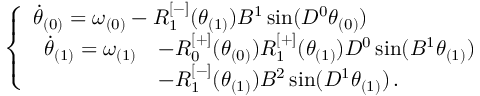
\begin{array} { r } { \left\{ \begin{array} { l l } { \Dot { \theta } _ { ( 0 ) } = \omega _ { ( 0 ) } - R _ { 1 } ^ { [ - ] } ( \theta _ { ( 1 ) } ) B ^ { 1 } \sin ( D ^ { 0 } \theta _ { ( 0 ) } ) } \\ { \begin{array} { r l } { \Dot { \theta } _ { ( 1 ) } = \omega _ { ( 1 ) } } & { - R _ { 0 } ^ { [ + ] } ( \theta _ { ( 0 ) } ) R _ { 1 } ^ { [ + ] } ( \theta _ { ( 1 ) } ) D ^ { 0 } \sin ( B ^ { 1 } \theta _ { ( 1 ) } ) } \\ & { - R _ { 1 } ^ { [ - ] } ( \theta _ { ( 1 ) } ) B ^ { 2 } \sin ( D ^ { 1 } \theta _ { ( 1 ) } ) \, . } \end{array} } \end{array} \right. } \end{array}